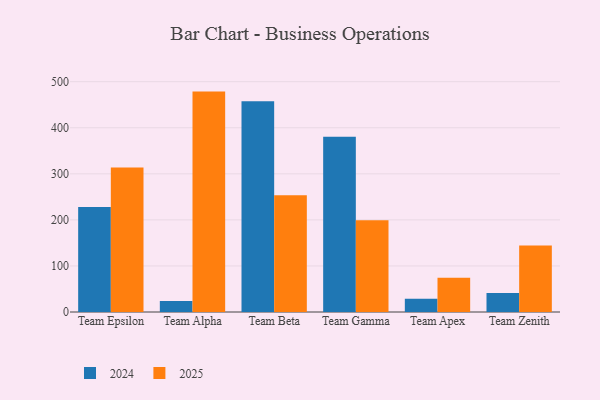
{"axis": {"x": "Team", "y": "Backlog"}, "legend": ["2024", "2025"], "data": [{"x": "Team Epsilon", "y": 313.8, "type": "2025"}, {"x": "Team Epsilon", "y": 228.1, "type": "2024"}, {"x": "Team Alpha", "y": 478.5, "type": "2025"}, {"x": "Team Alpha", "y": 23.9, "type": "2024"}, {"x": "Team Beta", "y": 253.7, "type": "2025"}, {"x": "Team Beta", "y": 457.4, "type": "2024"}, {"x": "Team Gamma", "y": 199.3, "type": "2025"}, {"x": "Team Gamma", "y": 380.5, "type": "2024"}, {"x": "Team Apex", "y": 74.5, "type": "2025"}, {"x": "Team Apex", "y": 28.9, "type": "2024"}, {"x": "Team Zenith", "y": 144.3, "type": "2025"}, {"x": "Team Zenith", "y": 41.5, "type": "2024"}]}